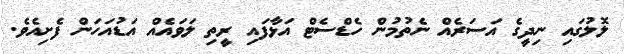
ލޮލުގައި ނިދީގެ އަސަރެއް ނެތުމުން ހެޑްސެޓް އަޅާފައި ރީތި ލަވައެއް އަޑުއަހަން ފެށިއެވެ.